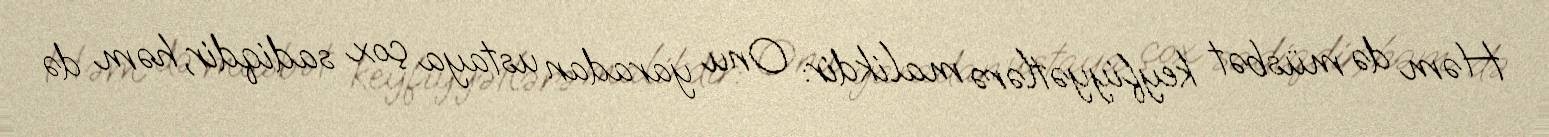
Həm də müsbət keyfiyyətlərə malikdir: Onu yaradan ustaya çox sadiqdir, həm də